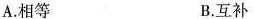
A.相等 B.互补